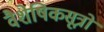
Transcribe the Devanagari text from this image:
वैशेषिकसूत्रों